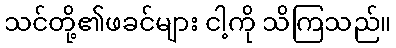
သင်တို့၏ဖခင်များ ငါ့ကို သိကြသည်။